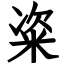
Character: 粢